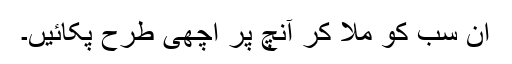
ان سب کو ملا کر آنچ پر اچھی طرح پکائیں۔